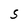
Character: S